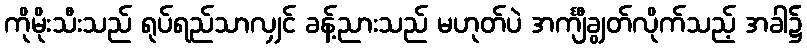
ကိုမိုးသီးသည် ရုပ်ရည်သာလျှင် ခန့်ညားသည် မဟုတ်ပဲ အင်္ကျီချွတ်လိုက်သည့် အခါ၌